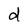
Character: d